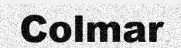
Colmar